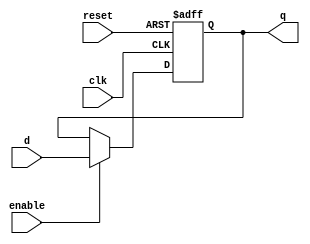
module ff_d(d, clk, reset, enable, q);
input [31:0] d;
input clk, reset, enable;
output reg [31:0] q;
	
	always @ (posedge clk or negedge reset) begin
		if (!reset) begin
			q <= 0;
		end
		else begin
			if (enable) begin
				q <= d;
			end
		end
	end
	
endmodule